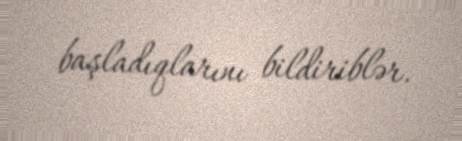
başladıqlarını bildiriblər.